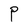
Character: P